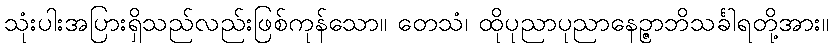
သုံးပါးအပြားရှိသည်လည်းဖြစ်ကုန်သော။ တေသံ၊ ထိုပုညာပုညာနေဉ္ဇာဘိသင်္ခါရတို့အား။